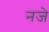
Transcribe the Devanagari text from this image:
नजे